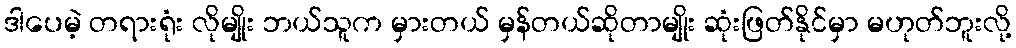
ဒါပေမဲ့ တရားရုံး လိုမျိုး ဘယ်သူက မှားတယ် မှန်တယ်ဆိုတာမျိုး ဆုံးဖြတ်နိုင်မှာ မဟုတ်ဘူးလို့